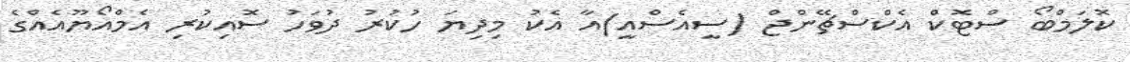
ކޮލަމްބޯ ސްޓޮކް އެކްސްޗޭންޖް (ސީއެސްއީ)އާ އެކު މިދިޔަ ހުކުރު ދުވަހު ސޮއިކުރި އެމްއޯޔޫއެއްގެ